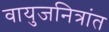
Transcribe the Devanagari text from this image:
वायुजनित्रांत